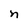
Character: n